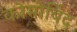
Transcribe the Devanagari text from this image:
कोमोर्बिद